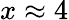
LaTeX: x\approx 4